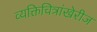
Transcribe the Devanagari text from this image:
व्यक्तिचित्रांखेरीज